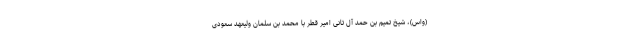
(واس)، شیخ تمیم بن حمد آل ثانی امیر قطر با محمد بن سلمان ولیعهد سعودی